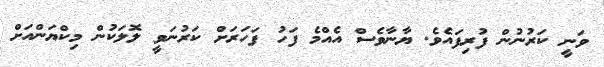
ވަނީ ކަރުނުން ފުރިފައެވެ. ޔާނާވެސް އެއްމެ ފަހު ފަހަރަށް ކަރުނަވީ ލޮލަކުން މިކްޔަންއަށް